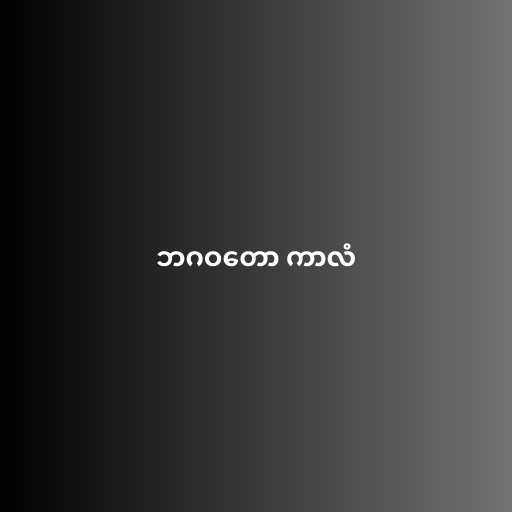
ဘဂဝတော ကာလံ